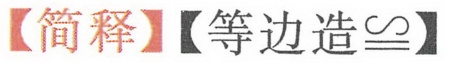
【简释】【等边造$\cong$】